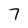
Character: 7